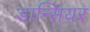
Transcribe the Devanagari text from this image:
डान्सियर